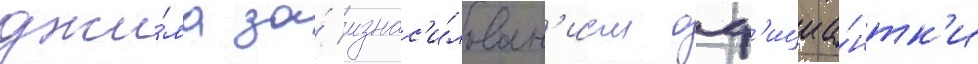
джи́ма за́ изнас'и́лован'ием оф'ициа́нтк'и